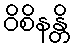
ဝိစိနန္တိ